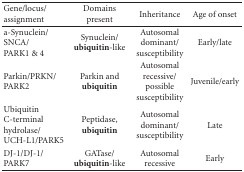
<table><thead><tr><td><b>Gene/locus/assignment</b></td><td><b>Domains present</b></td><td><b>Inheritance</b></td><td><b>Age of onset</b></td></tr></thead><tbody><tr><td>a-Synuclein/SNCA/PARK1 &amp; 4</td><td>Synuclein/<b>ubiquitin</b>-like</td><td>Autosomal dominant/susceptibility</td><td>Early/late</td></tr><tr><td>Parkin/PRKN/PARK2</td><td>Parkin and <b>ubiquitin</b></td><td>Autosomal recessive/possible susceptibility</td><td>Juvenile/early</td></tr><tr><td>Ubiquitin C-terminal hydrolase/UCH-L1/PARK5</td><td>Peptidase, <b>ubiquitin </b></td><td>Autosomal dominant/susceptibility</td><td>Late</td></tr><tr><td>DJ-1/DJ-1/PARK7</td><td>GATase/<b>ubiquitin</b>-like</td><td>Autosomal recessive</td><td>Early</td></tr></tbody></table>